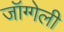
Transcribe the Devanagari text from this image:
जॉग्गेली